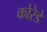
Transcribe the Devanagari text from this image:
कोरेडे